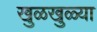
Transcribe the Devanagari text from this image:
खुळखुळ्या